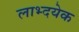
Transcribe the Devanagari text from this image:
लाभ्दयेक